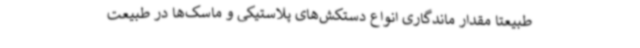
طبیعتا مقدار ماندگاری انواع دستکش‌های پلاستیکی و ماسک‌ها در طبیعت